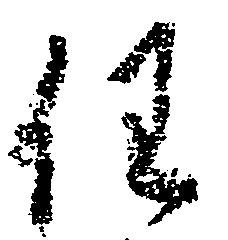
任